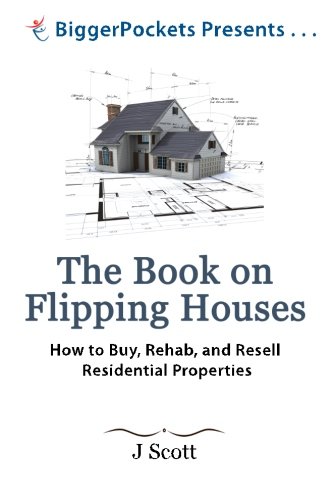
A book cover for The Book on Flipping Houses: How to Buy, Rehab, and Resell Residential Properties (BiggerPockets Presents...); Mr. J Scott; Business & Money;